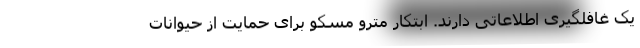
یک غافلگیری اطلاعاتی دارند. ابتکار مترو مسکو برای حمایت از حیوانات